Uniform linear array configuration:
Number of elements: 64
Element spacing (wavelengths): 1
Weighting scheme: kaiser
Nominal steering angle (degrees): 0
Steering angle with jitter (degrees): -0.8555
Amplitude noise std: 0.05
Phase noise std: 0.05

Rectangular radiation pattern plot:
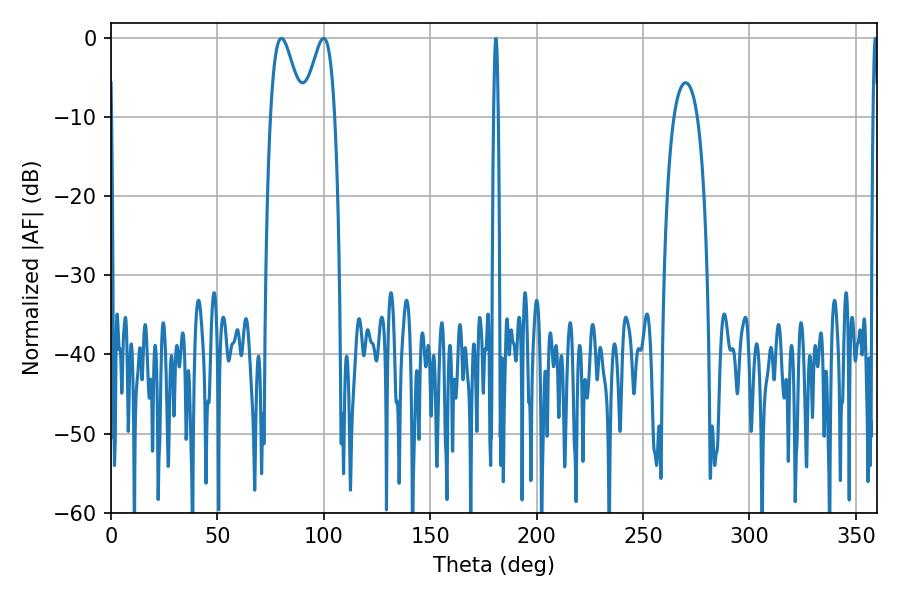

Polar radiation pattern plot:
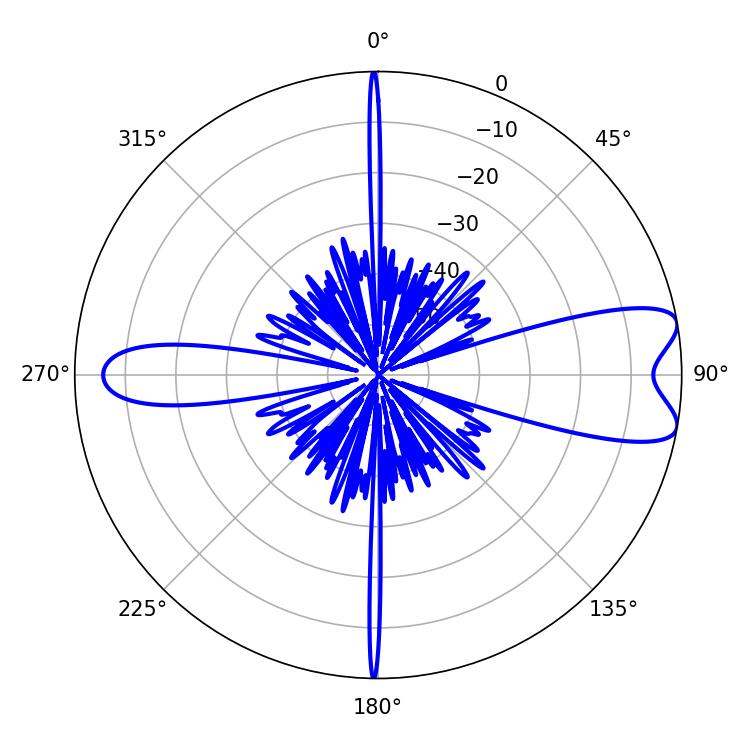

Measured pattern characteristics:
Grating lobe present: TRUE
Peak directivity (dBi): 8.907
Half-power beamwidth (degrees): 7.74
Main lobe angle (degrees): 80.1